Vaccination in Burma 1900-1911 - 1900-1911
Year: 1900
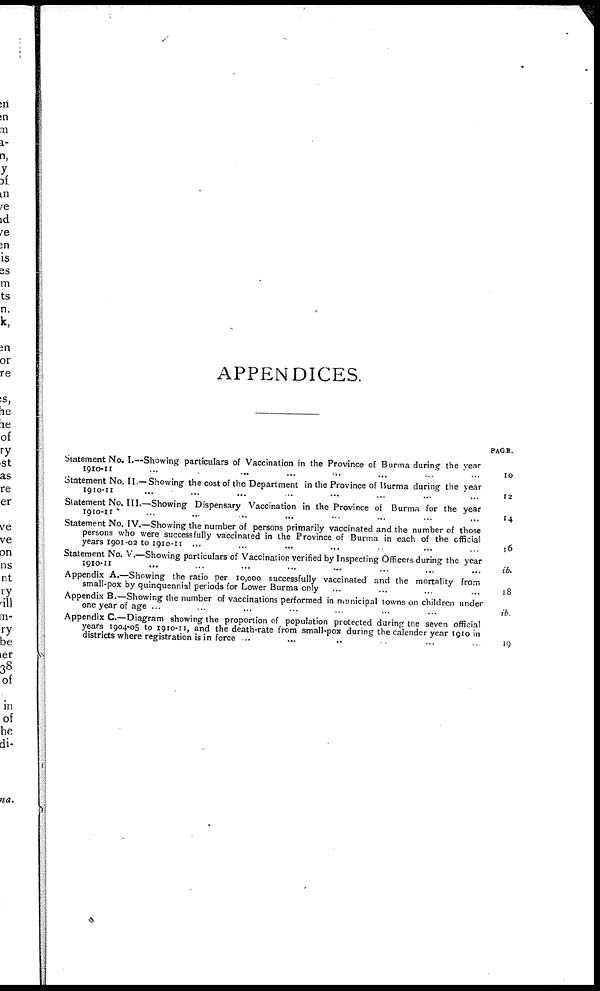
APPENDICES.
Statement No. I.—Showing particulars of Vaccination in the Province of Burma during the year
1910-11 ... ... ... ... ... ... ... ...
Statement No. II.—Showing the cost of the Department in the Province of Burma during the year
1910-11 ... ... ... ... ... ...
Statement No. III.—Showing Dispensary Vaccination in the Province of Burma for the year
1910-11 ... ... ... ... ... ... ... ...
Statement No. IV.—Showing the number of persons primarily vaccinated and the number of those
persons who were successfully vaccinated in the Province of Burma in each of the official
years 1901-02 to 1910-11 ... ... ... ... ... ... ... ...
Statement No. V.—Showing particulars of Vaccination verified by Inspecting Officers during the year
1910-11 ... ... ... ... ... ... ... ... ...
Appendix A.—Showing the ratio per 10,000 successfully vaccinated and the mortality from
small-pox by quinquennial periods for Lower Burma only ... ... ... ...
Appendix B.—Showing the number of vaccinations performed in municipal towns on children under
one year of age ... ... ... ... ... ... ... ...
Appendix C.—Diagram showing the proportion of population protected during the seven official
years 1904-05 to 1910-11, and the death-rate from small-pox during the calender year 1910 in
districts where registration is in force ... ... ... ... ... ...
PAGE
10
12
14
16
ib.
18
ib.
19